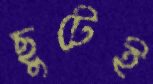
ছুটেই